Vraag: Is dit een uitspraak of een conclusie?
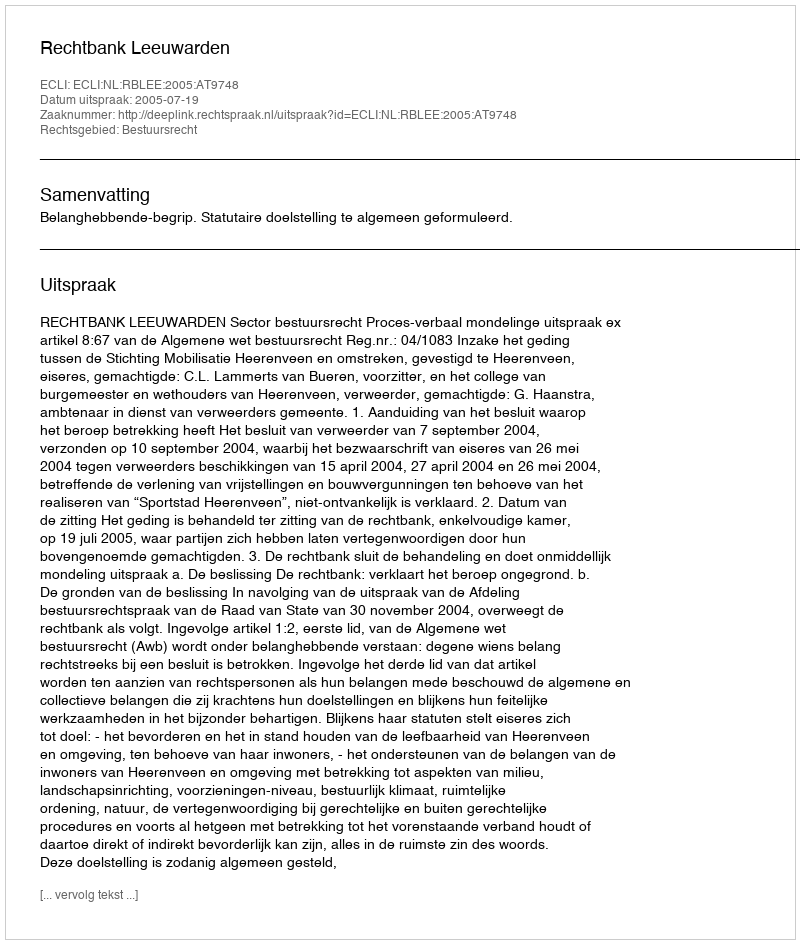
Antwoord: Uitspraak